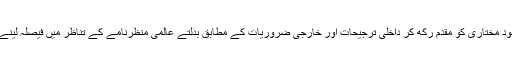
لہٰذا ہرملک اپنی خود مختاری کو مقدم رکھ کر داخلی ترجیحات اور خارجی ضروریات کے مطابق بدلتے عالمی منظرنامے کے تناظر میں فیصلہ لینے کا مجاز ہوتا ہے۔